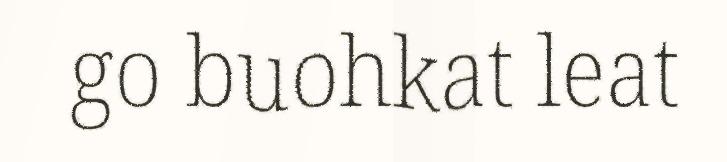
go buohkat leat